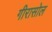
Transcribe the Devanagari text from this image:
गीरासोल